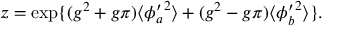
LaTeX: z = \exp \{ ( g ^ { 2 } + g \pi ) \langle { \phi _ { a } ^ { \prime } } ^ { 2 } \rangle + ( g ^ { 2 } - g \pi ) \langle { \phi _ { b } ^ { \prime } } ^ { 2 } \rangle \} .